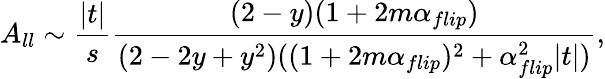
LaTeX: A_{ll}\sim\frac{|t|}{s}\frac{(2-y)(1+2m\alpha_{flip})}{(2-2y+y^{2})((1+2m\alpha_{flip})^{2}+\alpha_{flip}^{2}|t|)},